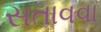
સતાવવા